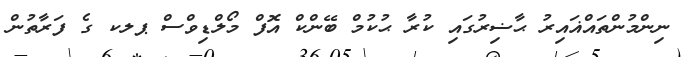
ނިންމުންތައްޣައިރު ޙާޟިރުގައި ކުރާ ޙުކުމް ބޭންކް އޮފް މޯލްޑިވްސް ޕލކ ގެ ފަރާތުން